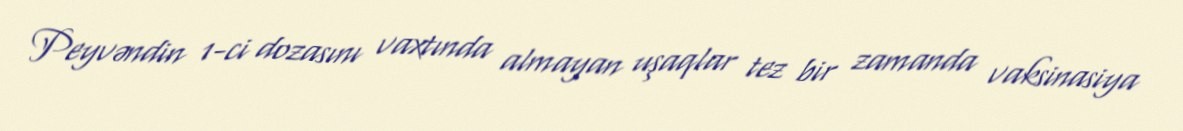
Peyvəndin 1-ci dozasını vaxtında almayan uşaqlar tez bir zamanda vaksinasiya